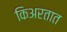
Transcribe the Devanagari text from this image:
किअरतात